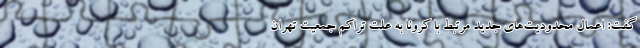
گفت: اعمال محدودیت‌های جدید مرتبط با کرونا به علت تراکم جمعیت تهران